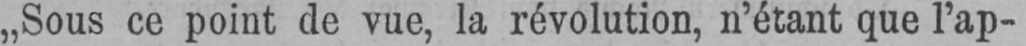
„Sous ce point de vue, la révolution, n’étant que l’ap-